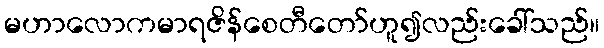
မဟာလောကမာရဇိန်စေတီတော်ဟူ၍လည်းခေါ်သည်။